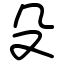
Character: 殳